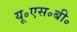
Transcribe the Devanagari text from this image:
यू॰एस॰बी॰